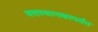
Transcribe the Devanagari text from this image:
बसस्थानकापर्यंत